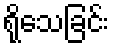
ရိုသေခြင်း